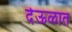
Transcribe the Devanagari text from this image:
देऊळात